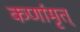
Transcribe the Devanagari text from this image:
कर्णामृत्